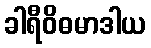
ခါရီဝိဓမာဒါယ